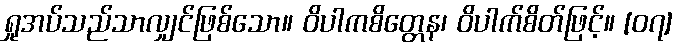
ရှုအပ်သည်သာလျှင်ဖြစ်သော။ ဝိပါကစိတ္တေန၊ ဝိပါက်စိတ်ဖြင့်။ [၀၇]